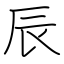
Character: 辰